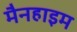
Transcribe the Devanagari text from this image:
मैनहाइम